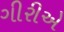
ગીરીએ